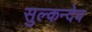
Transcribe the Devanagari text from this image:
सुल्कन्देव